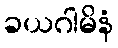
ခယဂါမိနံ